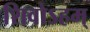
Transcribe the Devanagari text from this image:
शिवोऽहम्